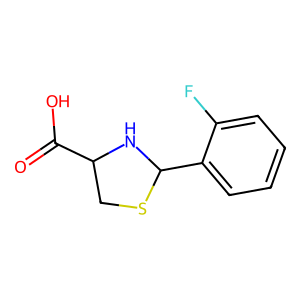
SMILES: O=C(O)C1CSC(c2ccccc2F)N1
Inhibits HIV replication: No